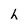
Character: h